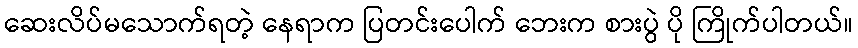
ဆေးလိပ်မသောက်ရတဲ့ နေရာက ပြတင်းပေါက် ဘေးက စားပွဲ ပို ကြိုက်ပါတယ်။